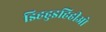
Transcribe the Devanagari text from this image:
झ्हिहुइहिहीओ